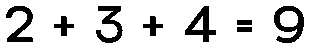
2 + 3 + 4 = 9